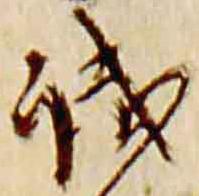
減